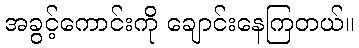
အခွင့်ကောင်းကို ချောင်းနေကြတယ်။